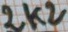
Text: 2k2